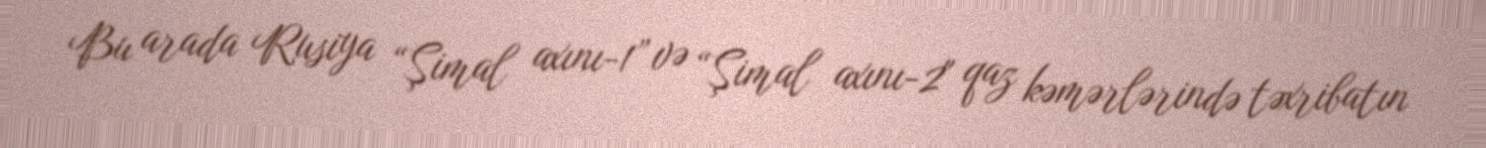
Bu arada Rusiya “Şimal axını-1” və “Şimal axını-2" qaz kəmərlərində təxribatın